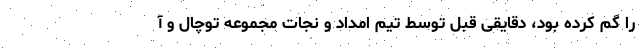
را گم کرده بود، دقایقی قبل توسط تیم امداد و نجات مجموعه توچال و آ